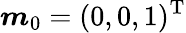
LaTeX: \boldsymbol{m}_{0}=(0,0,1)^{\mathrm{T}}